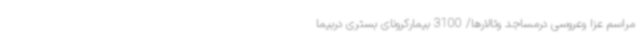
مراسم‌ عزا وعروسی درمساجد وتالارها/ 3100 بیمارکرونای بستری دربیما